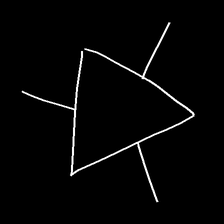
Glyph: fire